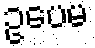
ဥပေမ